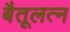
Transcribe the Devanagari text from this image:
बैतूलत्न